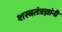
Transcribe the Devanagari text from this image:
शस्त्रतंत्रज्ञांनी